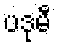
ပဒုမီ